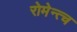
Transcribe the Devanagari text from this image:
रोमेन्त्च